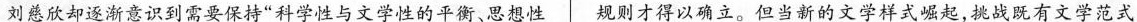
刘慈欣却逐渐意识到需要保持“科学性与文学性与文学性的平衡、思想性 规则才得以确立。但当新的文学样式崛起，挑战既有文学范式